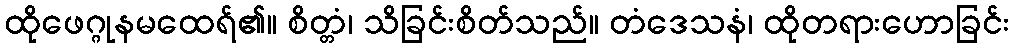
ထိုဖေဂ္ဂုနမထေရ်၏။ စိတ္တံ၊ သိခြင်းစိတ်သည်။ တံဒေသနံ၊ ထိုတရားဟောခြင်း